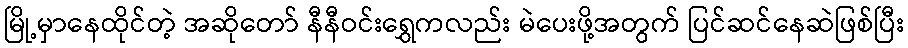
မြို့မှာနေထိုင်တဲ့ အဆိုတော် နီနီဝင်းရွှေကလည်း မဲပေးဖို့အတွက် ပြင်ဆင်နေဆဲဖြစ်ပြီး